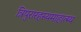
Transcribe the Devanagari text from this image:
त्रिपुरारहस्यमाहात्म्य